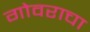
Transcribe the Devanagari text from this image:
गोवराचा